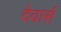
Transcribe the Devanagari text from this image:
देवार्स